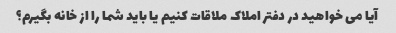
آیا می خواهید در دفتر املاک ملاقات کنیم یا باید شما را از خانه بگیرم؟